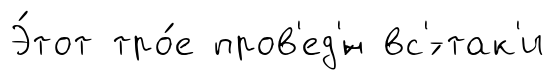
Э́тот тро́е пров'ед'́н вс'́-так'и